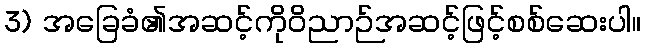
3) အခြေခံ၏အဆင့်ကိုဝိညာဉ်အဆင့်ဖြင့်စစ်ဆေးပါ။